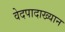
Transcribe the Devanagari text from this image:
वेदपादाख्यान